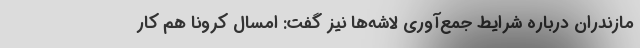
مازندران درباره شرایط جمع‌آوری لاشه‌ها نیز گفت: امسال کرونا هم کار